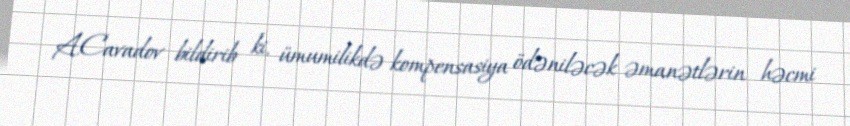
A.Cavadov bildirib ki, ümumilikdə kompensasiya ödəniləcək əmanətlərin həcmi